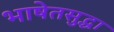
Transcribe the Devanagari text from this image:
भाषेतसुद्धा